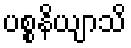
ပစ္စနိယျာသိ